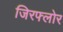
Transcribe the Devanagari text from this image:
जिरफ्लोर